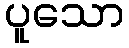
ပူသော